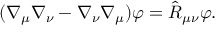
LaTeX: ( \nabla _ { \mu } \nabla _ { \nu } - \nabla _ { \nu } \nabla _ { \mu } ) \varphi = \hat { \cal R } _ { \mu \nu } \varphi .